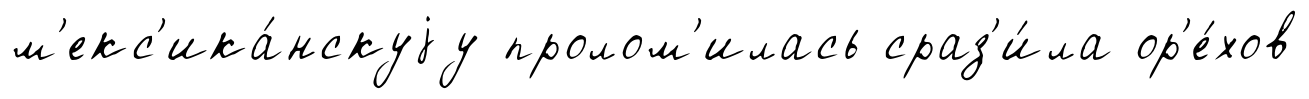
м'екс'ика́нскуjу пролом'илась сраз'и́ла ор'е́хов